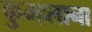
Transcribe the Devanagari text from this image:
कुम्हलाना